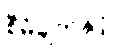
စီမံချက်နှင့်